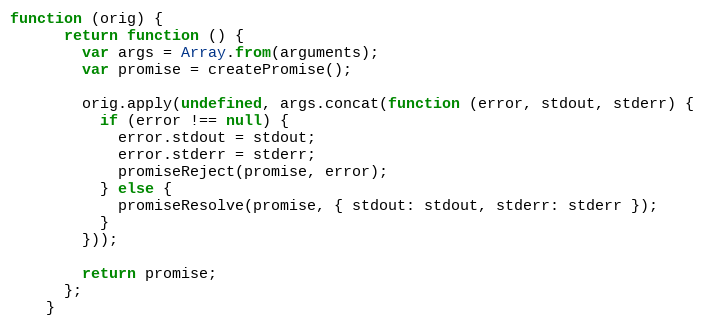
Language: JavaScript
function (orig) {
      return function () {
        var args = Array.from(arguments);
        var promise = createPromise();

        orig.apply(undefined, args.concat(function (error, stdout, stderr) {
          if (error !== null) {
            error.stdout = stdout;
            error.stderr = stderr;
            promiseReject(promise, error);
          } else {
            promiseResolve(promise, { stdout: stdout, stderr: stderr });
          }
        }));

        return promise;
      };
    }